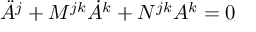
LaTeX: \ddot { A } ^ { j } + M ^ { j k } \dot { A } ^ { k } + N ^ { j k } A ^ { k } = 0